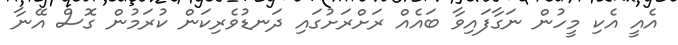
އެއީ އެކި މީހުން ނަގާފައިވާ ބައެއް ރަށްރަށުގައި ދަނޑުވެރިކަން ކުރަމުން ގޮސް އޭނާ